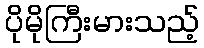
ပိုမိုကြီးမားသည့်